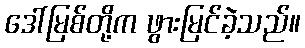
ဒေါ်မြစ်တို့က ဖွားမြင်ခဲ့သည်။